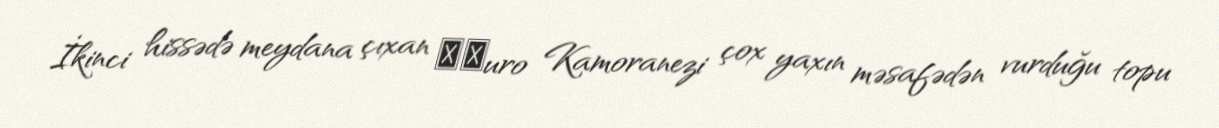
İkinci hissədə meydana çıxan Маuro Kamoranezi çox yaxın məsafədən vurduğu topu